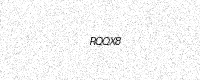
Text: RQQX8